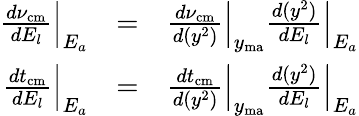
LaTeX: \begin{array}{rlr}{\frac{d\nu_{\mathrm{cm}}}{dE_{l}}\Big|_{E_{a}}}&{=}&{\frac{d\nu_{\mathrm{cm}}}{d(y^{2})}\Big|_{y_{\mathrm{ma}}}\frac{d(y^{2})}{dE_{l}}\Big|_{E_{a}}}\\ {\frac{dt_{\mathrm{cm}}}{dE_{l}}\Big|_{E_{a}}}&{=}&{\frac{dt_{\mathrm{cm}}}{d(y^{2})}\Big|_{y_{\mathrm{ma}}}\frac{d(y^{2})}{dE_{l}}\Big|_{E_{a}}}\end{array}